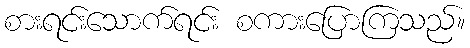
စားရင်းသောက်ရင်း စကားပြောကြသည်။